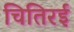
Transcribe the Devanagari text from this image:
चितिरई